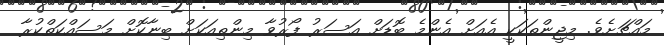
މައްޗަށެވެ. މިޖީންތަކަކީ އެއަށް އެންމެ ބޮޑަށް އަސަރު ފޯރުވާ މިންތިއަކަށް ބިނާކޮށް މަސައްކަތްކުރާ